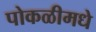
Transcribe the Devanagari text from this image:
पोकळीमधे